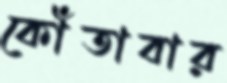
কোঁতাবার